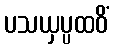
ပသယှပ္ပထဝိံ